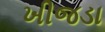
ખીજડા